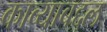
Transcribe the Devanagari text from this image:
काव्याबद्दल